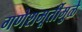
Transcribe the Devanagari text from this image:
गणेशमूर्तीमुळे